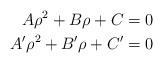
LaTeX: \begin{align*}A\rho^2+B\rho+C=0 \\A'\rho^2+B'\rho+C'=0 \end{align*}